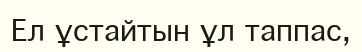
Ел ұстайтын ұл таппас,